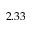
2 . 3 3